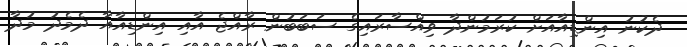
ދެކުނު އިންޑިއާއަށް ކުރަމުންދާ ވިއްސާރައިގެ ސަބަބުން ރާއްޖެ އާއި އިންޑިއާއާ ދެމެދު މުދާ